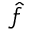
\hat { f }